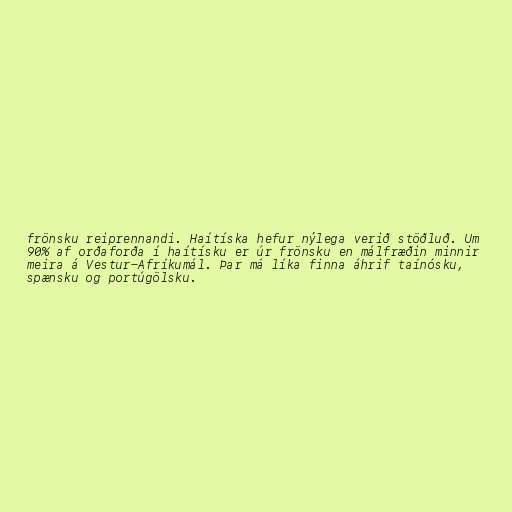
frönsku reiprennandi. Haítíska hefur nýlega verið stöðluð. Um
90% af orðaforða í haítísku er úr frönsku en málfræðin minnir
meira á Vestur-Afríkumál. Þar má líka finna áhrif taínósku,
spænsku og portúgölsku.